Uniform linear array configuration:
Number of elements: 16
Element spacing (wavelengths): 1
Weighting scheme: uniform
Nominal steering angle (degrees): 45
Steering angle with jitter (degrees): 43.826
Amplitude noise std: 0.05
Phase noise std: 0.05

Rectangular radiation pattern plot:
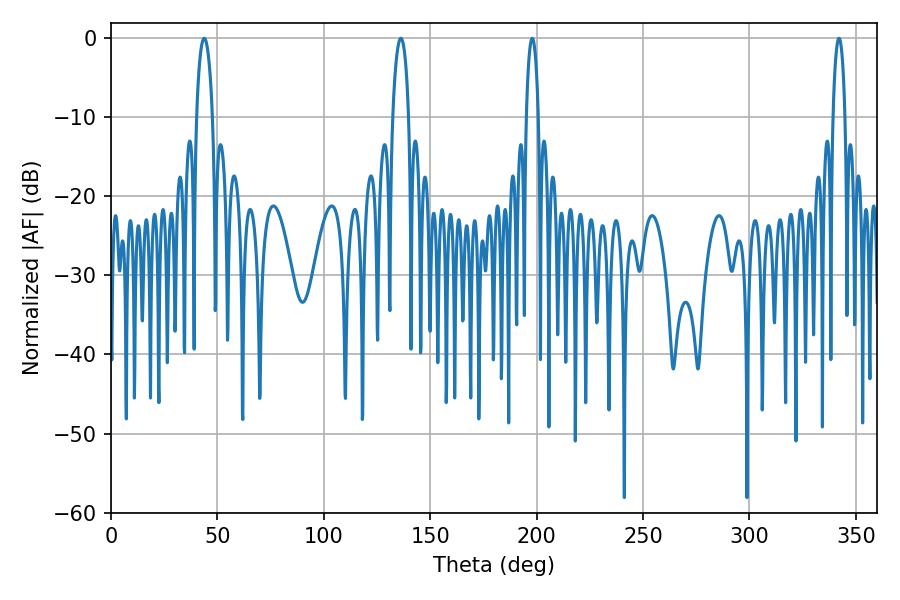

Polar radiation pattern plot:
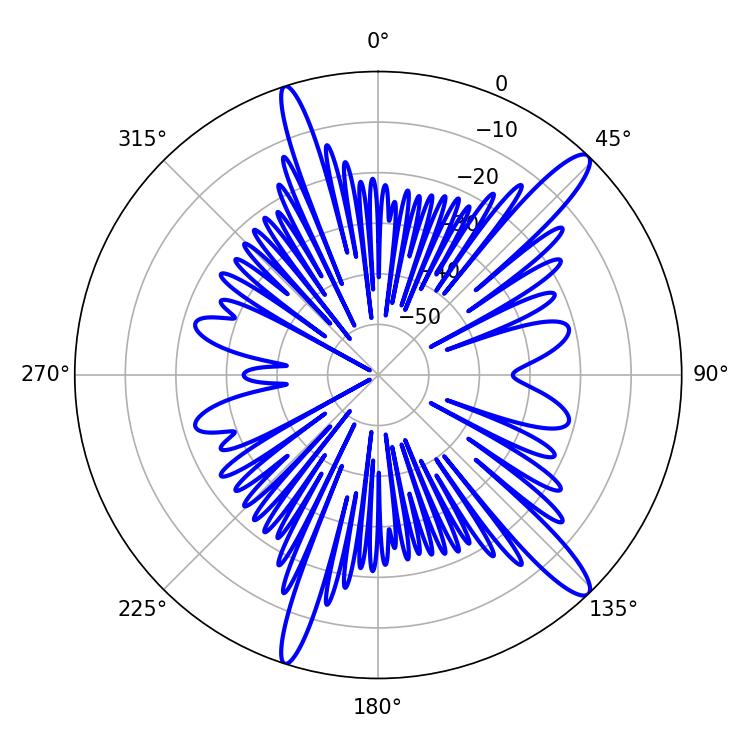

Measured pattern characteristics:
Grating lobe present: TRUE
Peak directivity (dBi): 14.084
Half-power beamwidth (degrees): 4.14
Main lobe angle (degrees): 43.74